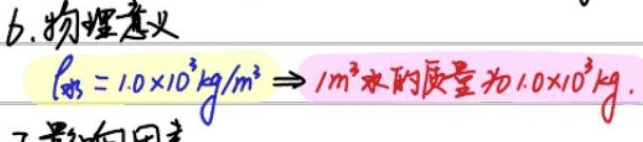
6. 物理意义：\(\rho_{水}=1.0\times10^{3}kg/m^{3}\Rightarrow 1m^{3}\)水的质量为\(1.0\times10^{3}kg\)。
7. 影响因素